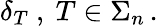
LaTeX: \delta_{T}\ ,\ T\in\Sigma_{n}\, .